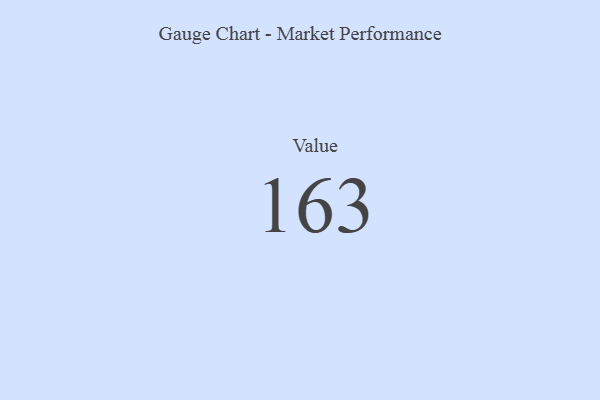
{"axis": {"x": "Metric", "y": "Value"}, "legend": [""], "data": [{"x": "Value", "y": 163, "type": ""}]}